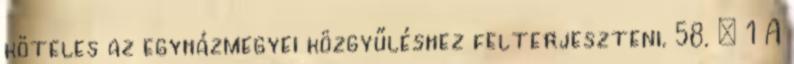
köteles az egyházmegyei közgyűléshez felterjeszteni. 58. § 1 A